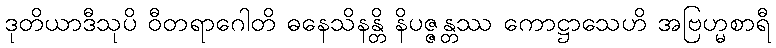
ဒုတိယာဒီသုပိ ဝီတရာဂေါတိ ဓနေသိနန္တိ နိပဇ္ဇန္တဿ ကောဋ္ဌာသေဟိ အဗြဟ္မစာရီ